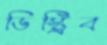
ডিস্ট্রিব